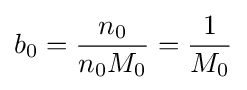
b_{0}={\frac {n_{0}}{n_{0}M_{0}}}={\frac {1}{M_{0}}}